Madras plague regulations and rules - Volume 2
Disease focus: Plague
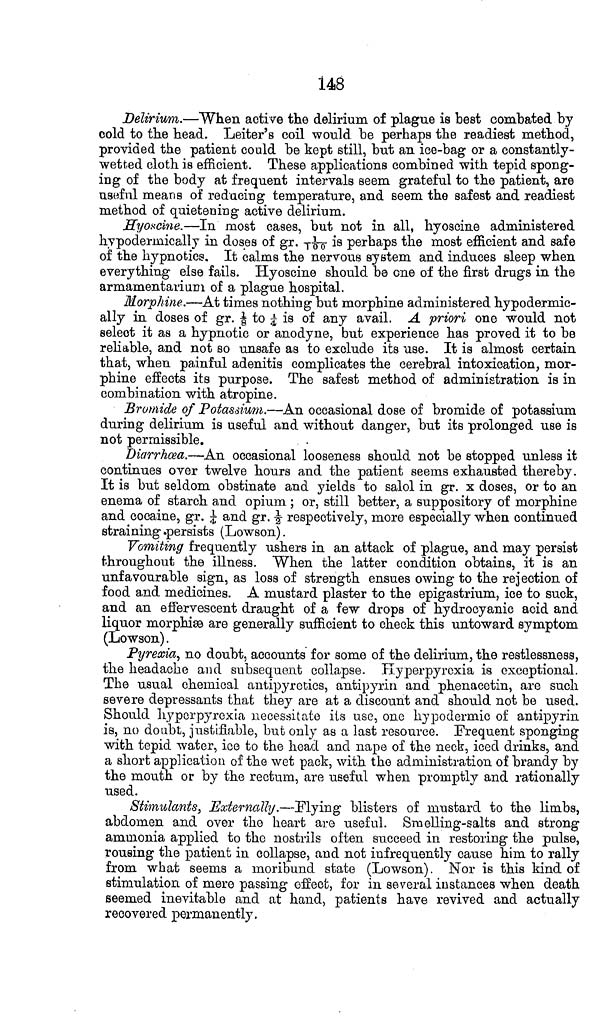
148
Delirium.—When active the delirium of plague is best combated by
cold to the head. Leiter's coil would be perhaps the readiest method,
provided the patient could be kept still, but an ice-bag or a constantly-
wetted cloth is efficient. These applications combined with tepid spong-
ing of the body at frequent intervals seem grateful to the patient, are
useful means of reducing temperature, and seem the safest and readiest
method of quietening active delirium.
Hyoscine.—In most cases, but not in all, hyoscine administered
hypodermically in doses of gr. \1/100\ is perhaps the most efficient and safe
of the hypnotics. It calms the nervous system and induces sleep when
everything else fails. Hyoscine should be one of the first drugs in the
armamentarium of a plague hospital.
Morphine.—At times nothing but morphine administered hypodermic-
ally in doses of gr. \1/8\ to ¼ is of any avail. A priori one would not
select it as a hypnotic or anodyne, but experience has proved it to be
reliable, and not so unsafe as to exclude its use. It is almost certain
that, when painful adenitis complicates the cerebral intoxication, mor-
phine effects its purpose. The safest method of administration is in
combination with atropine.
Bromide of Potassium.—An occasional dose of bromide of potassium
during delirium is useful and without danger, but its prolonged use is
not permissible.
Diarrhoea.—An occasional looseness should not be stopped unless it
continues over twelve hours and the patient seems exhausted thereby.
It is but seldom obstinate and yields to salol in gr. x doses, or to an
enema of starch and opium ; or, still better, a suppository of morphine
and cocaine, gr. ¼ and gr. ½ respectively, more especially when continued
straining persists (Lowson).
Vomiting frequently ushers in an attack of plague, and may persist
throughout the illness. When the latter condition obtains, it is an
unfavourable sign, as loss of strength ensues owing to the rejection of
food and medicines. A mustard plaster to the epigastrium, ice to suck,
and an effervescent draught of a few drops of hydrocyanic acid and
liquor morphiæ are generally sufficient to check this untoward symptom
(Lowson).
Pyrexia, no doubt, accounts for some of the delirium, the restlessness,
the headache and subsequent collapse. Hyperpyrexia is exceptional.
The usual chemical antipyretics, antipyrin and phenacetin, are such
severe depressants that they are at a discount and should not be used.
Should hyperpyrexia necessitate its use, one hypodermic of antipyrin
is, no doubt, justifiable, but only as a last resource. Frequent sponging
with tepid water, ice to the head and nape of the neck, iced drinks, and
a short application of the wet pack, with the administration of brandy by
the mouth or by the rectum, are useful when promptly and rationally
used.
Stimulants, Externally.—Flying blisters of mustard to the limbs,
abdomen and over the heart are useful. Smelling-salts and strong
ammonia applied to the nostrils often succeed in restoring the pulse,
rousing the patient in collapse, and not infrequently cause him to rally
from what seems a moribund state (Lowson). Nor is this kind of
stimulation of mere passing effect, for in several instances when death
seemed inevitable and at hand, patients have revived and actually
recovered permanently.